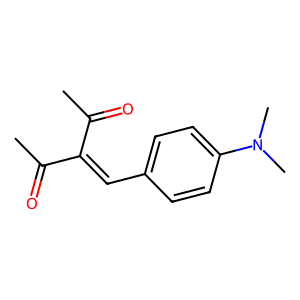
SMILES: CC(=O)C(=Cc1ccc(N(C)C)cc1)C(C)=O
Inhibits HIV replication: No